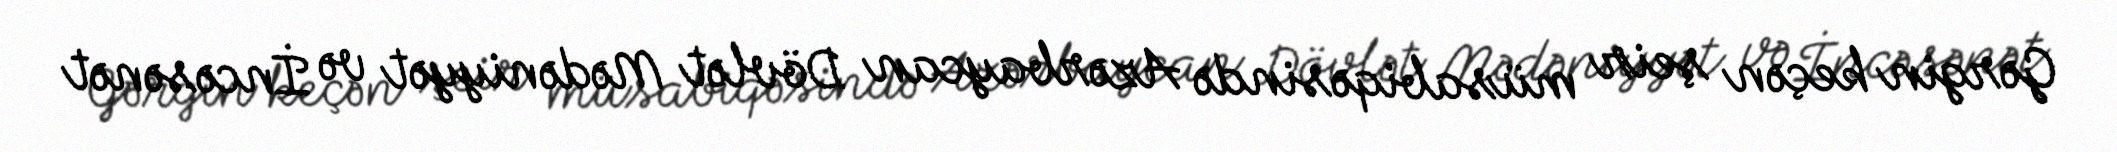
Gərgin keçən şeir müsabiqəsində Azərbaycan Dövlət Mədəniyyət və İncəsənət